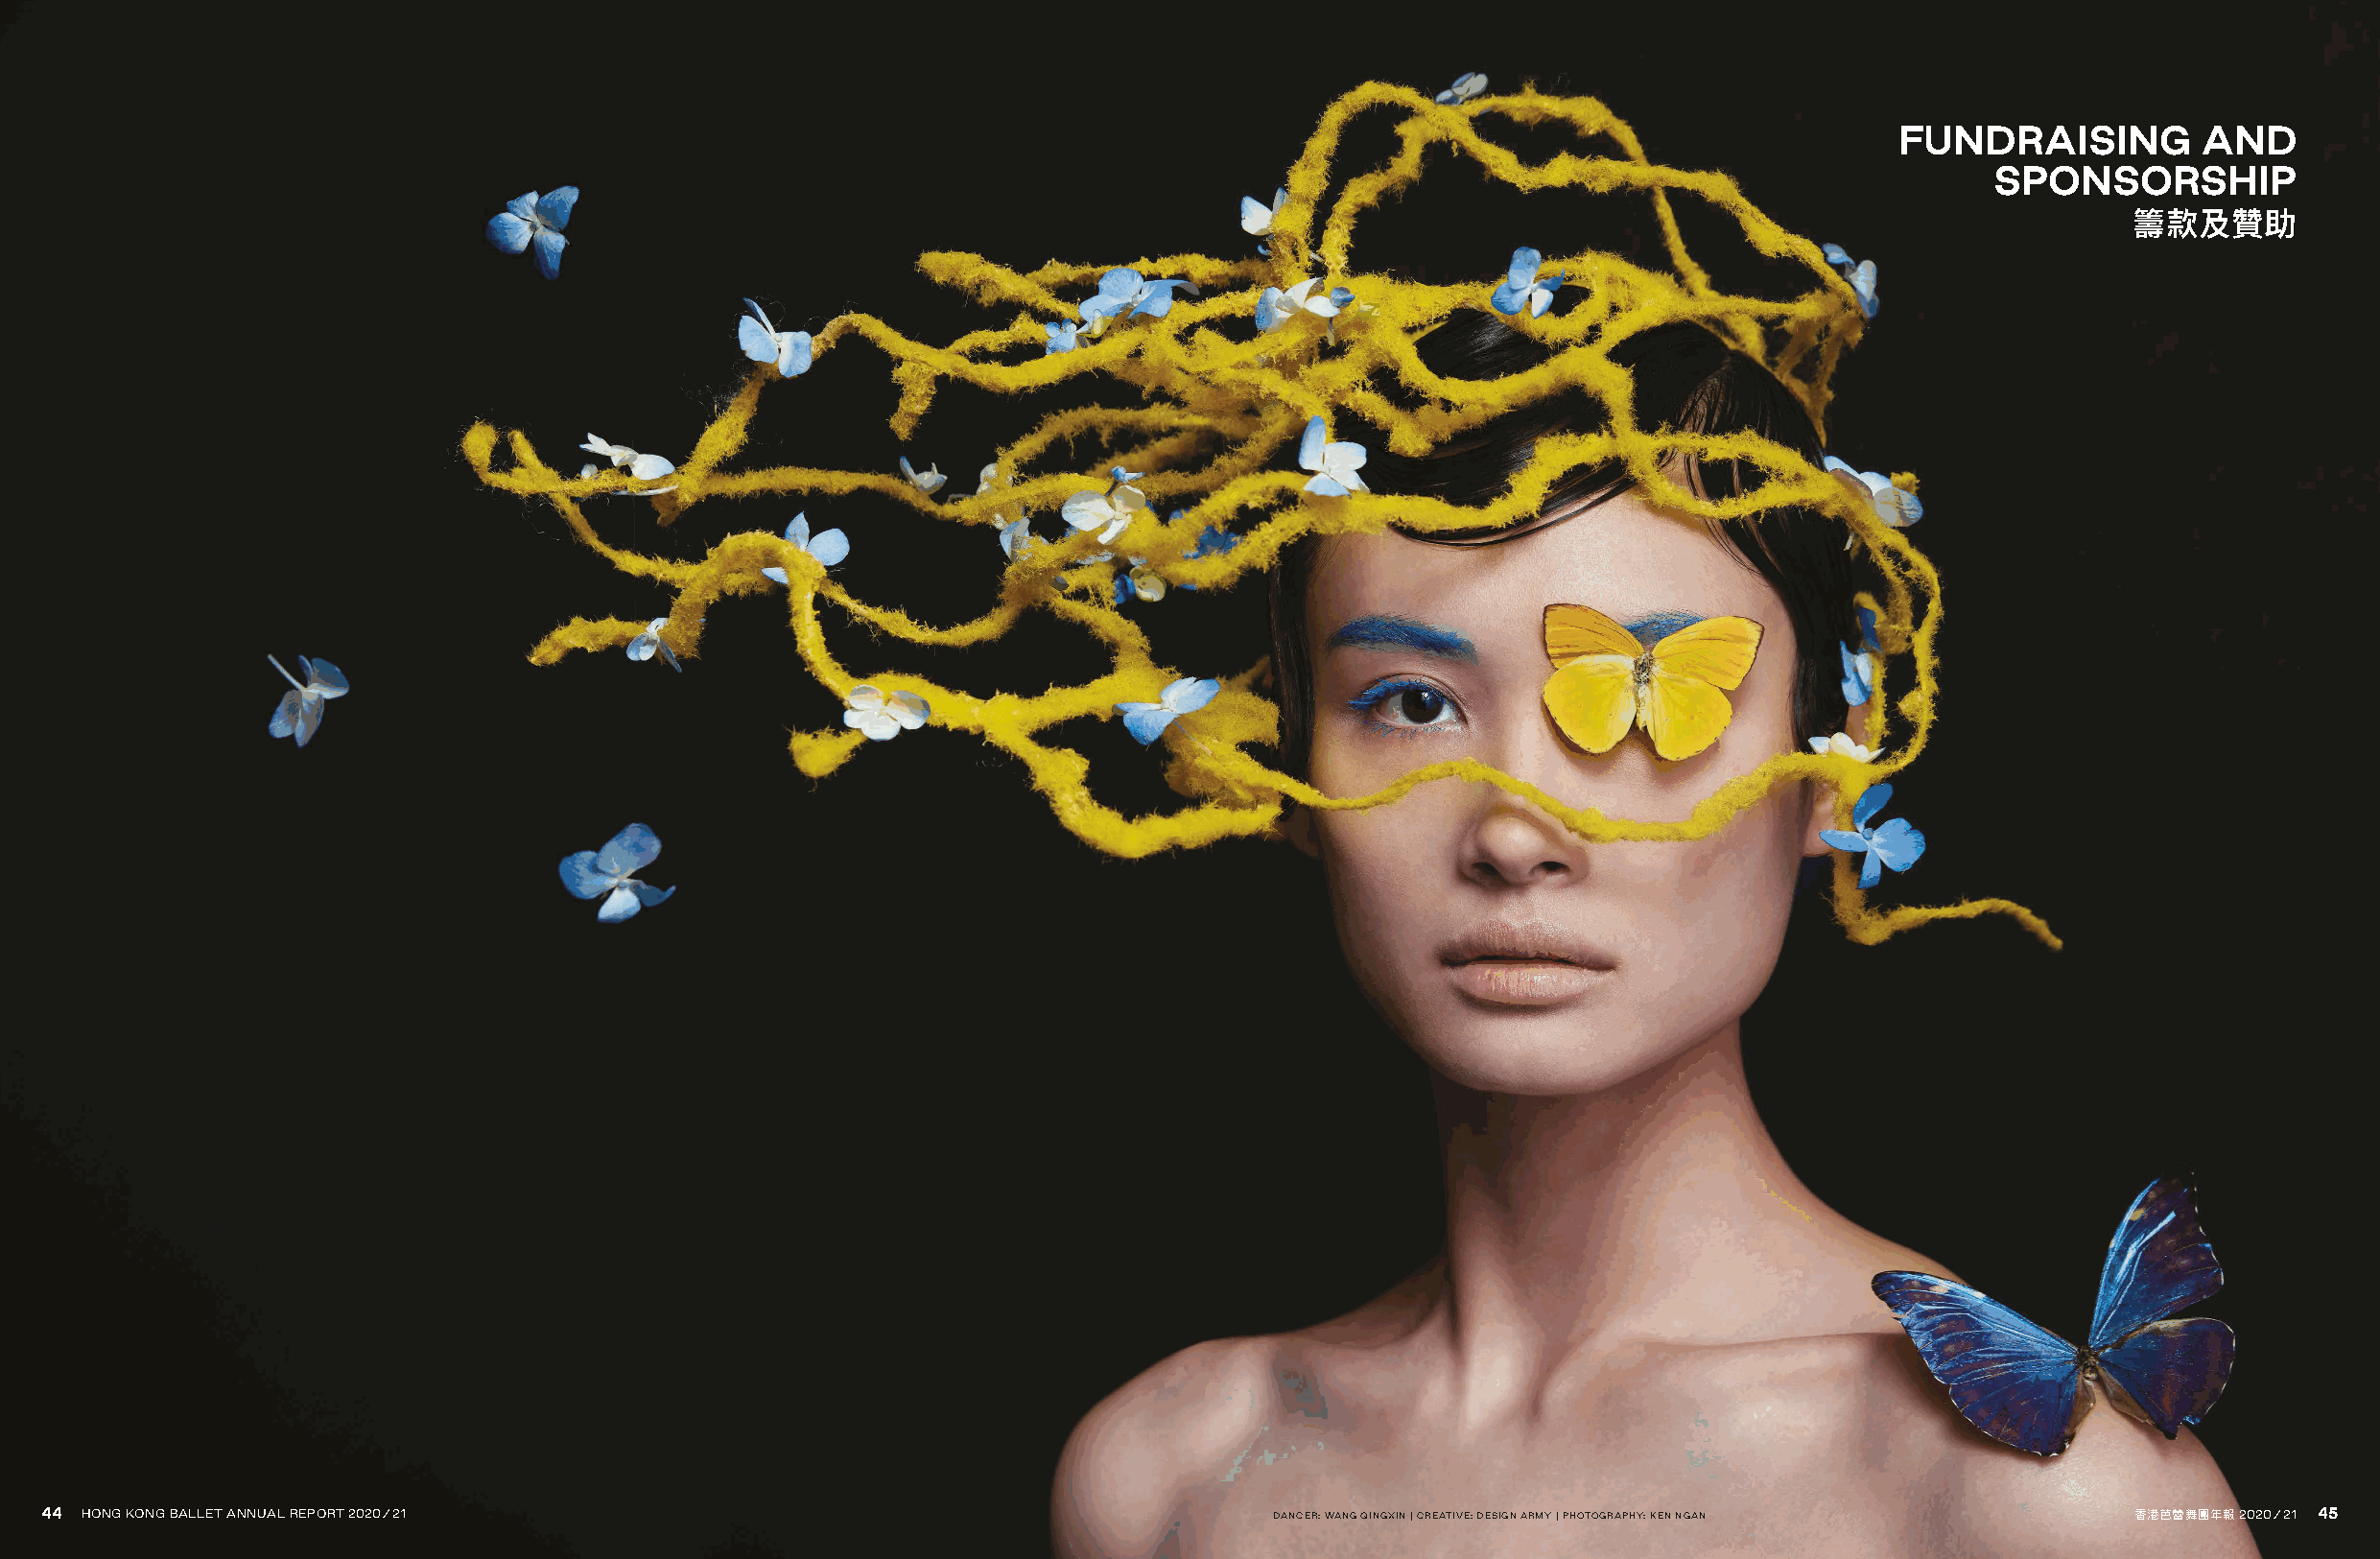
FUNDRAISING          AND
 SPONSORSHIP
 籌款及贊助
 4444 HHOONNGG KKOONNGG BBAALLLLEETT AANNNNUUAALL RREEPPOORRTT 22002200//2211         DANCER: WANG QINGXIN | CREATIVE: DESIGN ARMY | PHOTOGRAPHY: KEN NGAN 香香港港芭芭蕾蕾舞舞團團年年報報 22002200//2211 4455